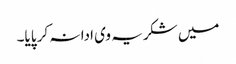
میں شکریہ وی ادا نہ کر پایا۔